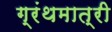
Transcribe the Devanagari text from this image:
ग्रंथमात्री